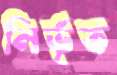
নির্ভৃত